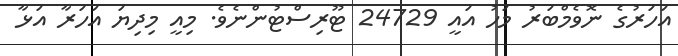
އަހަރުގެ ނޮވެމްބަރު މަހު އައީ 24729 ޓޫރިސްޓުންނެވެ. މިއީ މިދިޔަ އަހަރާ އަޅާ